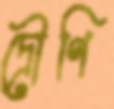
দ্রৌণি